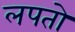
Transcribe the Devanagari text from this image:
लपतो